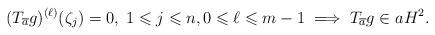
LaTeX: \begin{align*}(T_{\overline{a}} g)^{(\ell)}(\zeta_j) = 0, \; 1 \leqslant j \leqslant n, 0 \leqslant \ell \leqslant m - 1 \implies T_{\overline{a}} g \in a H^2.\end{align*}